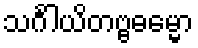
သင်္ဂါယိတဗ္ဗဓမ္မော